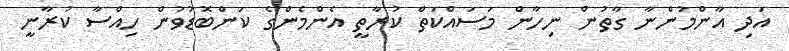
އަދި އާންމުންނާ ގާތުން ނިހާން މަސައްކަތް ކުރާތީ އެންމެންގެ ކަންބޮޑުވުން ހިއްސާ ކުރާނީ